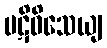
ပဋိဝိသေယျ